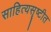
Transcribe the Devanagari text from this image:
साहित्यसॄष्टीत